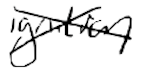
Text: ignition
Cross-out: cross
Writing tool: digital_black